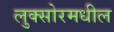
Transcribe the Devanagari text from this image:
लुक्सोरमधील